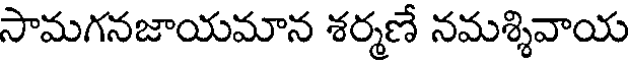
సామగనజాయమాన శర్మణే నమశ్శివాయ